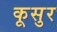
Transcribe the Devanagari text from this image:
कूसुर